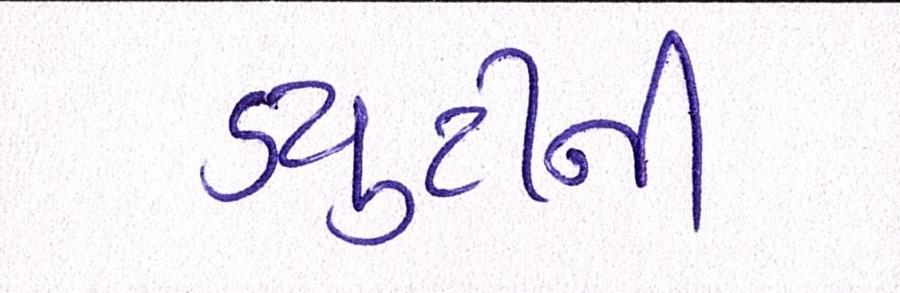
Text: ડયુટીની